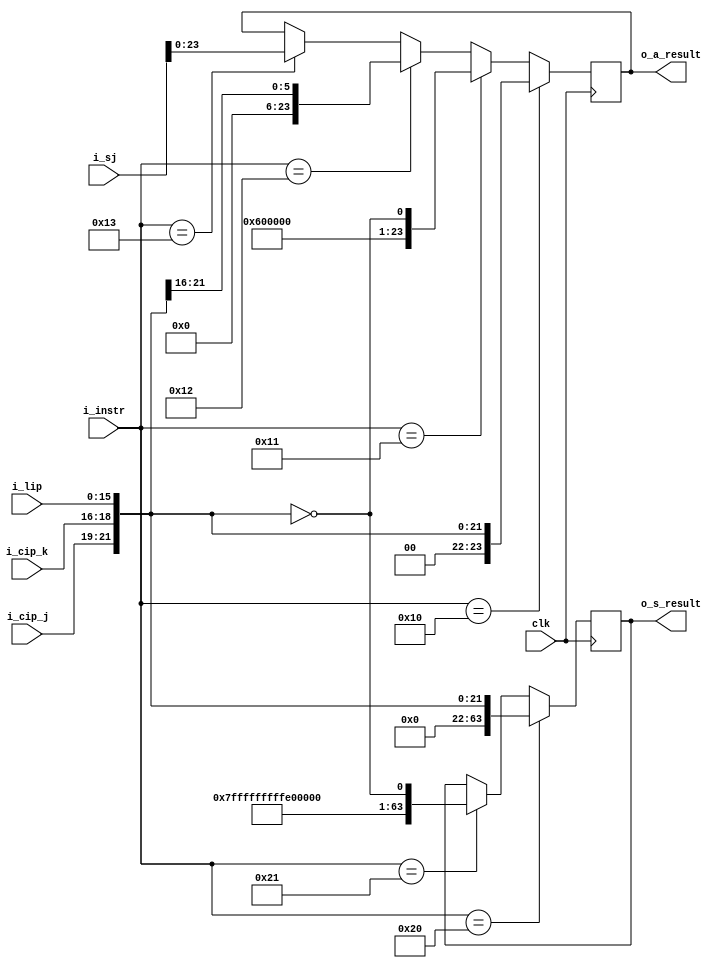
module imm_gen(clk,
               i_instr,
					i_cip_j,
					i_cip_k,
					i_lip,
					i_sj,
					o_a_result,
					o_s_result);

input clk;
input wire [6:0] i_instr;
input wire [2:0] i_cip_j;
input wire [2:0] i_cip_k;
input wire [15:0] i_lip;
input wire [63:0] i_sj;
output reg [23:0] o_a_result;
output reg [63:0] o_s_result;

wire [21:0] inv_jkm;


assign inv_jkm = !{i_cip_j,i_cip_k,i_lip};

//Figure out which immediate value to send to Ai
always@(posedge clk)
   if(i_instr==7'o020)           //transmit jkm to Ai
	   o_a_result <= {2'b00,i_cip_j,i_cip_k,i_lip};
	else if(i_instr==7'o021)      //transmit 1's complement of jkm to Ai
	   o_a_result <= {2'b11,inv_jkm};
	else if(i_instr==7'o022)      //transmit jk to Ai
	   o_a_result <= {18'b0,i_cip_j,i_cip_k};
	else if(i_instr==7'o023)      //transmit lower 24 bits of Sj to Ai
	   o_a_result <= i_sj[23:0];
		
//Figure out which immediate value to send to Si
always@(posedge clk)
   if(i_instr==7'o040)
	   o_s_result <= {42'b0,i_cip_j,i_cip_k,i_lip};
	else if(i_instr==7'o041)
	   o_s_result <= {42'h3FFFFFFFFFF,inv_jkm};


endmodule